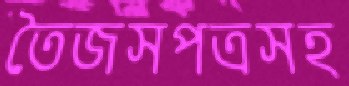
তৈজসপত্রসহ